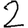
Digit: 2